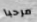
مرحبا